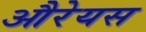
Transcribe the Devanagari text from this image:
औरेयस